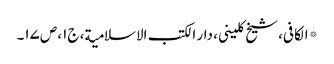
* الکافی، شیخ کلینی، دار الکتب الاسلامیة، ج۱، ص۱۷۔